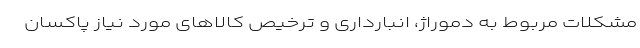
مشکلات مربوط به دموراژ، انبارداری و ترخیص کالاهای مورد نیاز پاكسان